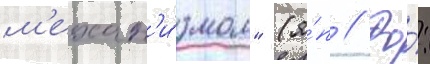
м'ехан'и́змом" (я́п // Фо́: